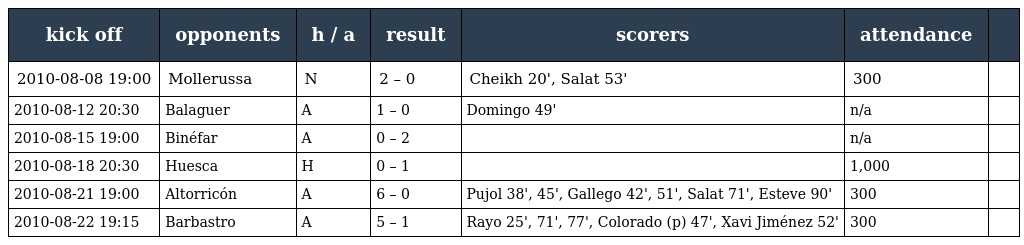
| kick off | opponents | h / a | result | scorers | attendance |  |
 | --- | --- | --- | --- | --- | --- | --- |
 | 2010-08-08 19:00 | Mollerussa | N | 2 – 0 | Cheikh 20', Salat 53' | 300 |  |
 | 2010-08-12 20:30 | Balaguer | A | 1 – 0 | Domingo 49' | n/a |  |
 | 2010-08-15 19:00 | Binéfar | A | 0 – 2 |  | n/a |  |
 | 2010-08-18 20:30 | Huesca | H | 0 – 1 |  | 1,000 |  |
 | 2010-08-21 19:00 | Altorricón | A | 6 – 0 | Pujol 38', 45', Gallego 42', 51', Salat 71', Esteve 90' | 300 |  |
 | 2010-08-22 19:15 | Barbastro | A | 5 – 1 | Rayo 25', 71', 77', Colorado (p) 47', Xavi Jiménez 52' | 300 |  |